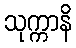
သုက္ကာနိ